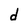
Character: d